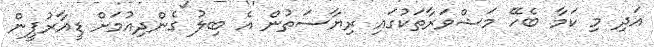
އަދި މި ކަމާ ބެހޭ މަޝްވަރާތަކުގައި ރިޔާސަތުން އެ ބިލު ގެންދިއުމަށް ޑީއާރުޕީން